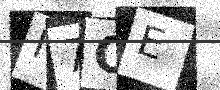
Text: M7OE